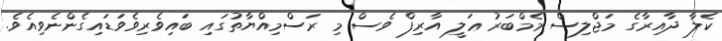
ކެލާ ދާއިރާގެ މަޖްލިސް މެމްބަރު ޢަލީ އާރިފް ވެސް މި ރަސްމިއްޔާތުގައި ބައިވެރިވެވަޑައިގެންނެވިއެވެ.